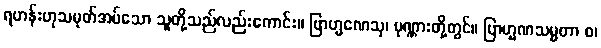
ရဟန်းဟုသမုတ်အပ်သော သူတို့သည်လည်းကောင်း။ ဗြာဟ္မဏေသု၊ ပုဏ္ဏားတို့တွင်။ ဗြာဟ္မဏသမ္မတာ စ၊